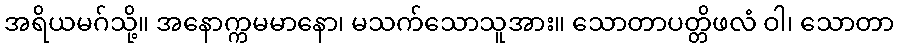
အရိယမဂ်သို့။ အနောက္ကမမာနော၊ မသက်သောသူအား။ သောတာပတ္တိဖလံ ဝါ၊ သောတာ